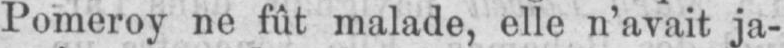
Pomeroy ne fût malade, elle n’avait ja-